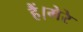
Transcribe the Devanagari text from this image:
हैं।मेरे